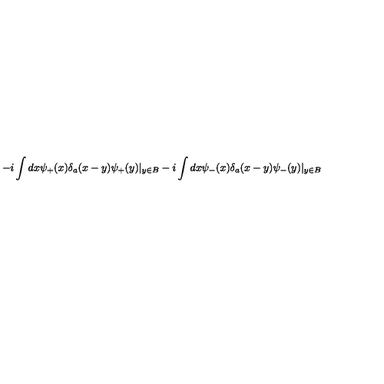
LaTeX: - i \int d x \psi _ { + } ( x ) \delta _ { a } ( x - y ) \psi _ { + } ( y ) | _ { y \in B } - i \int d x \psi _ { - } ( x ) \delta _ { a } ( x - y ) \psi _ { - } ( y ) | _ { y \in B }